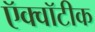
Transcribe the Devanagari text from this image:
ऍक्वॉटीक